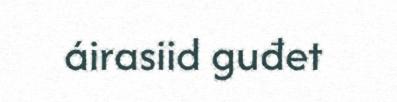
áirasiid guđet